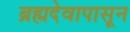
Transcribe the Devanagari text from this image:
ब्रह्मदेवापासून